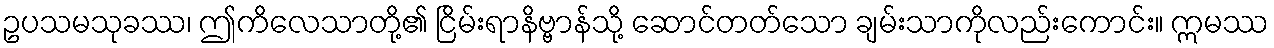
ဥပသမသုခဿ၊ ဤကိလေသာတို့၏ ငြိမ်းရာနိဗ္ဗာန်သို့ ဆောင်တတ်သော ချမ်းသာကိုလည်းကောင်း။ ဣမဿ